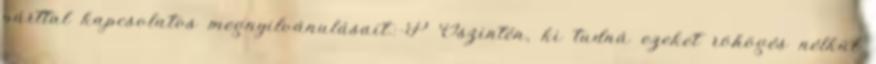
párttal kapcsolatos megnyilvánulásait.:-P Őszintén, ki tudná ezeket röhögés nélkül